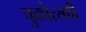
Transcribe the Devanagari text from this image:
चुकोत्स्की